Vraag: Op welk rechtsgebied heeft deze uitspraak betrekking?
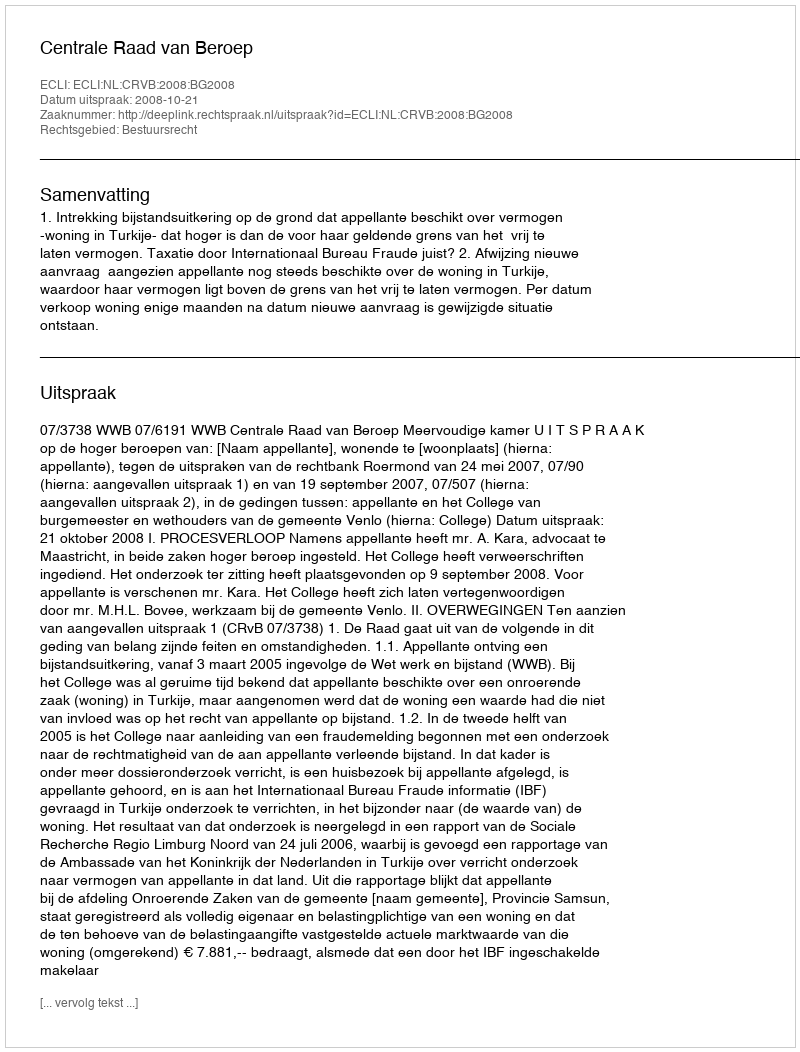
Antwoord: Bestuursrecht